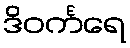
ဒိဝင်္ကရေ